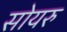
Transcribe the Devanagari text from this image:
सोयरु